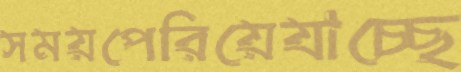
সময়পেরিয়েযাচ্ছে